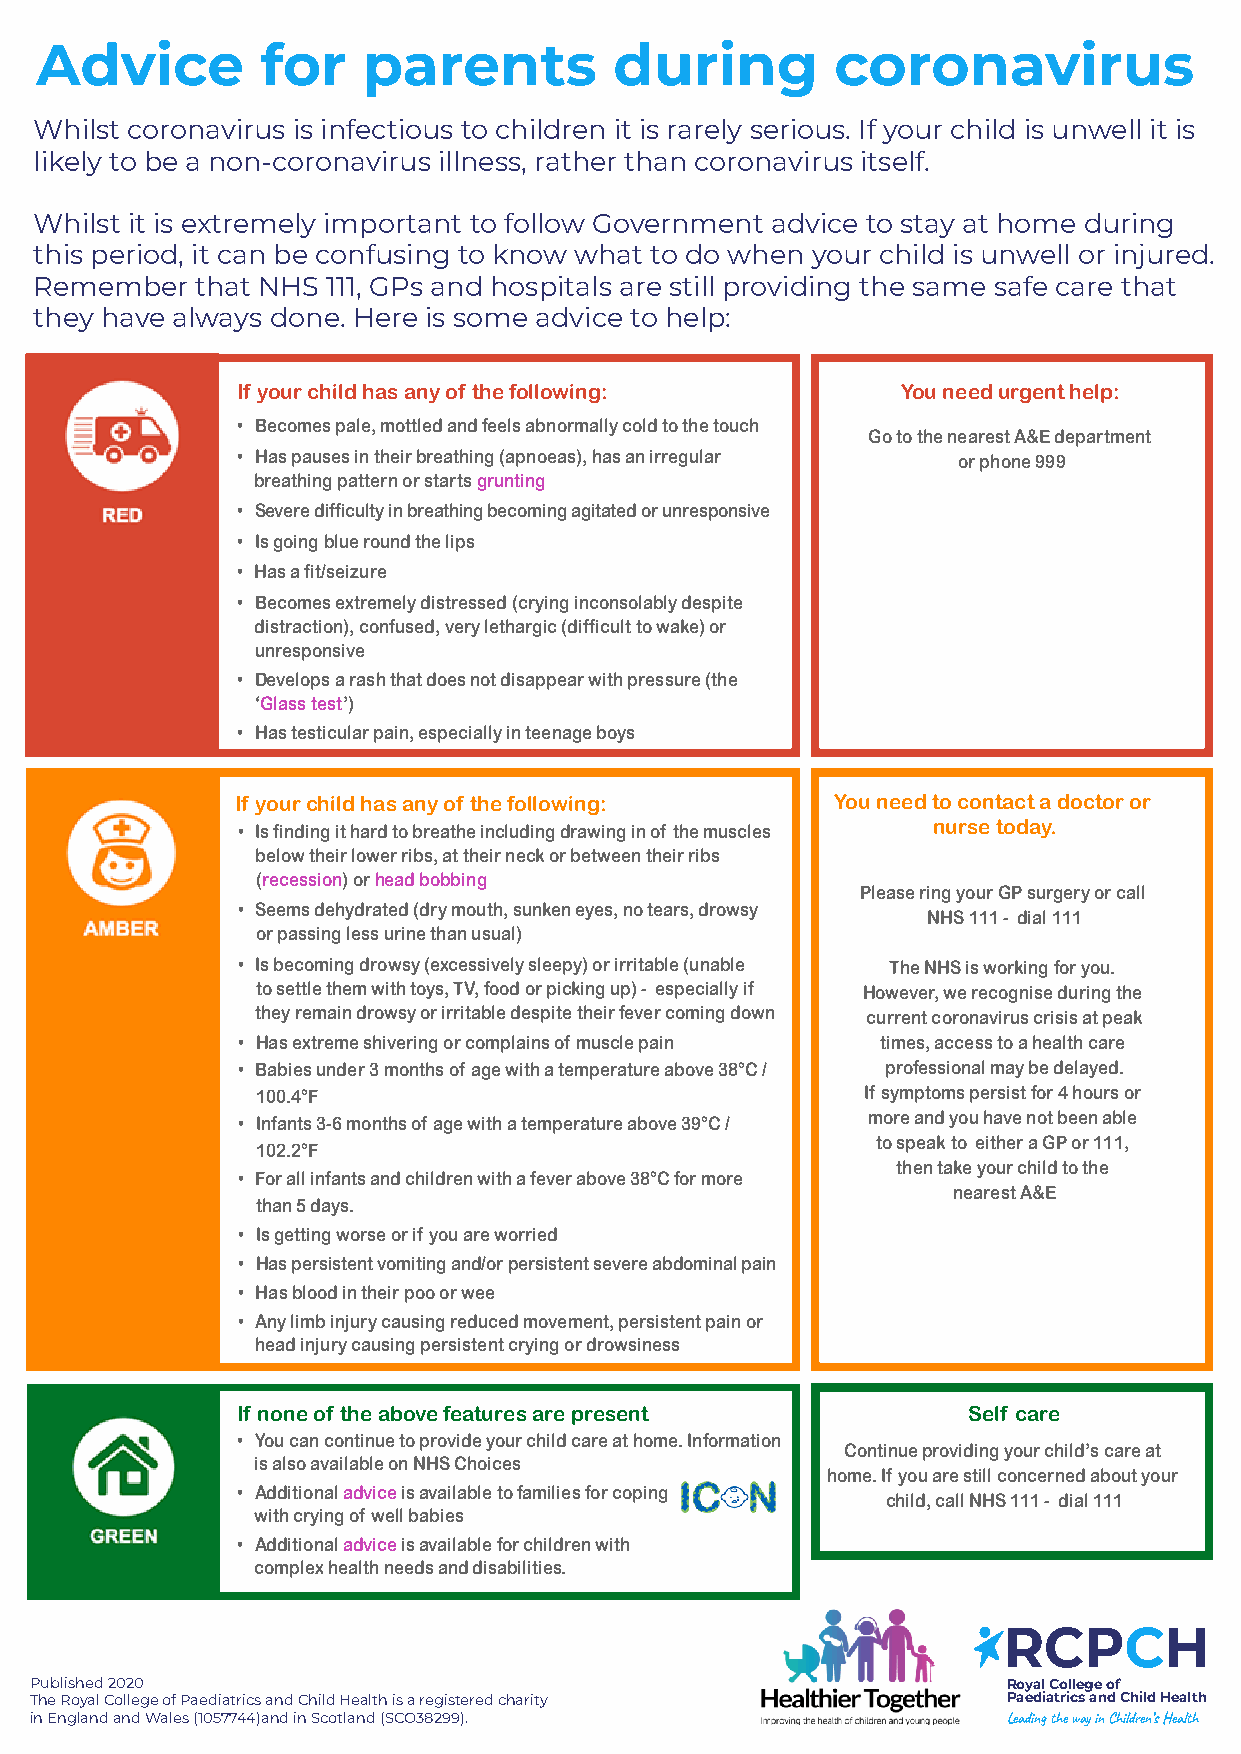
Advice         for    parents          during        coronavirus
 Whilst coronavirus is infectious to children it is rarely serious. If your child is unwell it is
 likely to be a non-coronavirus illness, rather than coronavirus itself.
 Whilst it is extremely important to follow Government advice to stay at home during
 this period, it can be confusing to know what to do when your child is unwell or injured.
 Remember   that NHS 111, GPs and hospitals are still providing the same safe care that
 they have always done. Here is some advice to help:
 If your child has any of the following:     You need urgent help:
 • Becomes pale, mottled and feels abnormally cold to the touch
 Go to the nearest A&E department
 • Has pauses in their breathing (apnoeas), has an irregular or phone 999
 breathing pattern or starts grunting
 • Severe difficulty in breathing becoming agitated or unresponsive
 • Is going blue round the lips
 • Has a fit/seizure
 • Becomes extremely distressed (crying inconsolably despite
 distraction), confused, very lethargic (difficult to wake) or
 unresponsive
 • Develops a rash that does not disappear with pressure (the
 ‘Glass test’)
 • Has testicular pain, especially in teenage boys
 If your child has any of the following: You need to contact a doctor or
 • Is finding it hard to breathe including drawing in of the muscles nurse today.
 below their lower ribs, at their neck or between their ribs
 (recession) or head bobbing
 Please ring your GP surgery or call
 • Seems dehydrated (dry mouth, sunken eyes, no tears, drowsy
 NHS 111 - dial 111
 or passing less urine than usual)
 • Is becoming drowsy (excessively sleepy) or irritable (unable The NHS is working for you.
 to settle them with toys, TV, food or picking up) - especially if However, we recognise during the
 they remain drowsy or irritable despite their fever coming down current coronavirus crisis at peak
 • Has extreme shivering or complains of muscle pain times, access to a health care
 • Babies under 3 months of age with a temperature above 38°C / professional may be delayed.
 100.4°F                                 If symptoms persist for 4 hours or
 more and you have not been able
 • Infants 3-6 months of age with a temperature above 39°C /
 to speak to either a GP or 111,
 102.2°F
 then take your child to the
 • For all infants and children with a fever above 38°C for more
 nearest A&E
 than 5 days.
 • Is getting worse or if you are worried
 • Has persistent vomiting and/or persistent severe abdominal pain
 • Has blood in their poo or wee
 • Any limb injury causing reduced movement, persistent pain or
 head injury causing persistent crying or drowsiness
 If none of the above features are present       Self care
 • You can continue to provide your child care at home. Information
 Continue providing your child’s care at
 is also available on NHS Choices
 home. If you are still concerned about your
 • Additional advice is available to families for coping
 child, call NHS 111 - dial 111
 with crying of well babies
 • Additional advice is available for children with
 complex health needs and disabilities.
 RCPCH
 Published 2020                                                   Royal College of
 The Royal College of Paediatrics and Child Health is a registered charity Paediatrics and Child Health
 in England and Wales (1057744)and in Scotland (SCO38299).        Leading the way in Children’s Health